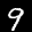
Label: 9